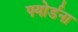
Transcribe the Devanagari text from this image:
फ्योर्डना